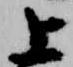
上